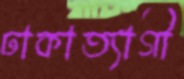
ঢাকাত্যাগী